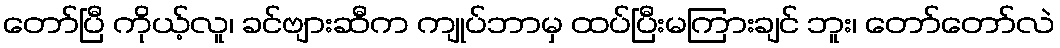
တော်ပြီ ကိုယ့်လူ၊ ခင်ဗျားဆီက ကျုပ်ဘာမှ ထပ်ပြီးမကြားချင် ဘူး၊ တော်တော်လဲ